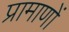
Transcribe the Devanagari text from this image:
प्रामाणों